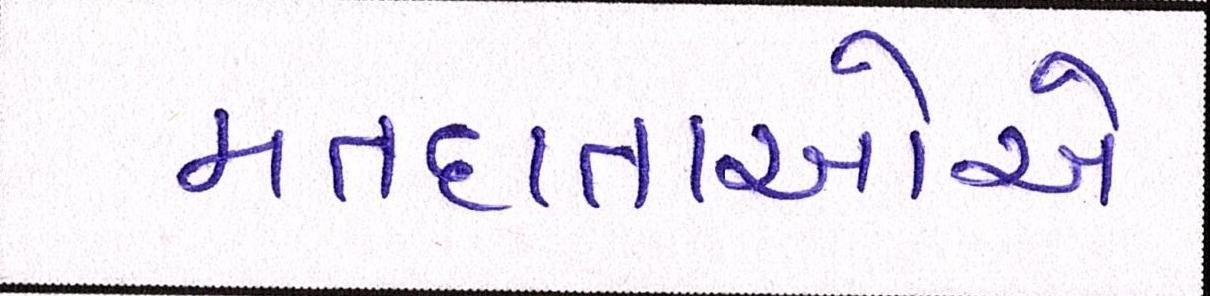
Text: મતદાતાઓએ